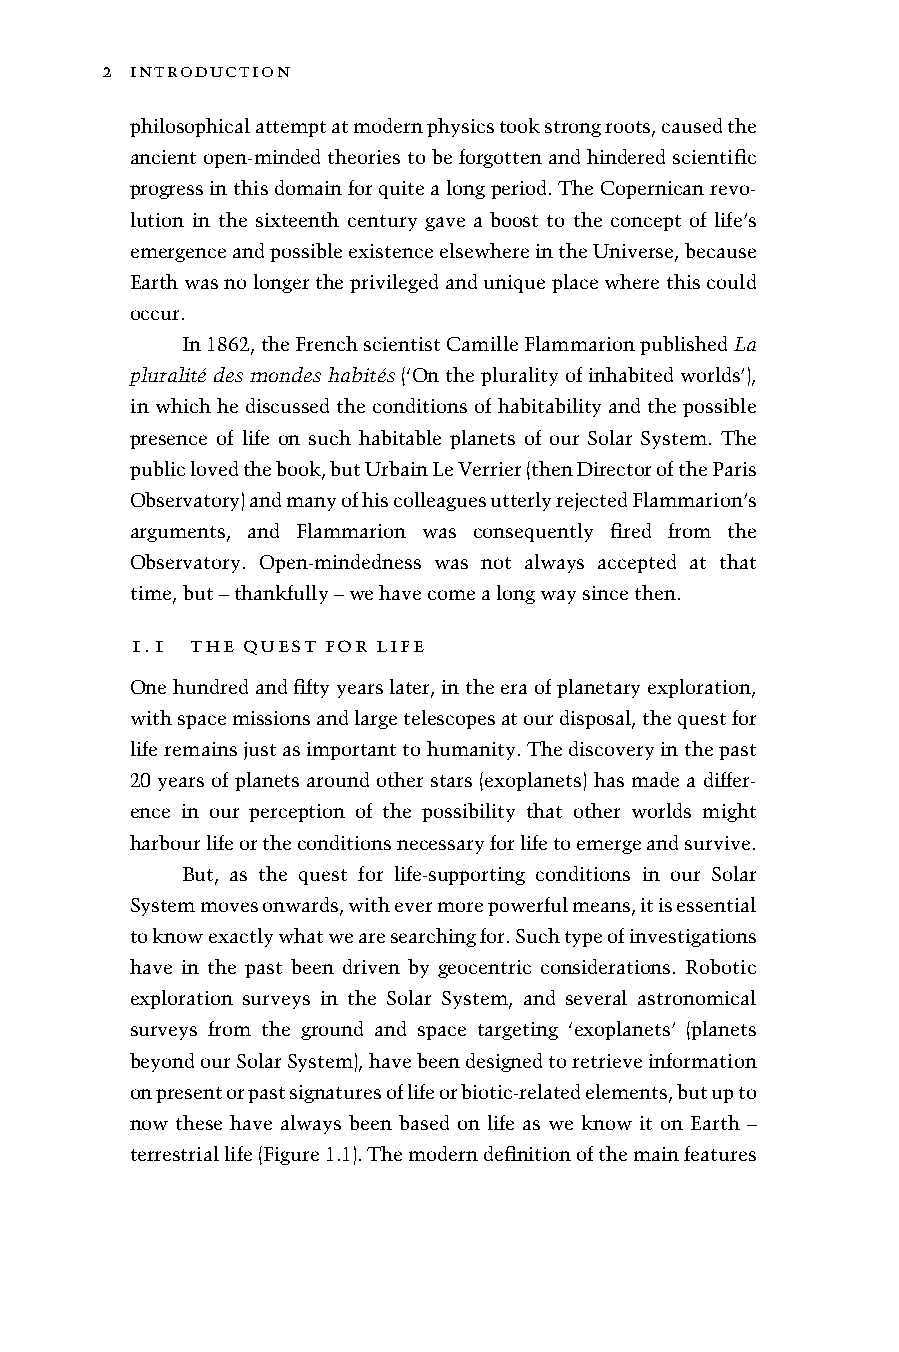
2
 C:/ITOOLS/WMS/CUP-NEW/4182124/WORKINGFOLDER/COEN/9781107026179C01.3D [1–18]27.6.20135:52PM
 2 introduction
 philosophicalattemptatmodernphysicstookstrongroots,causedthe
 ancient open-mindedtheories to be forgotten and hindered scientific
 progressinthisdomainforquitealongperiod.TheCopernicanrevo-
 lution in the sixteenth century gave a boost to the concept of life’s
 emergenceandpossibleexistenceelsewhereintheUniverse,because
 Earthwasnolongertheprivilegedanduniqueplacewherethiscould
 occur.
 In1862,theFrenchscientistCamilleFlammarionpublishedLa
 pluralitédesmondeshabités(‘Onthepluralityofinhabitedworlds’),
 in whichhe discussed the conditionsof habitability and thepossible
 presence of life on such habitable planets of our Solar System. The
 publiclovedthebook,butUrbainLeVerrier(thenDirectoroftheParis
 Observatory)andmanyofhiscolleaguesutterlyrejectedFlammarion’s
 arguments, and Flammarion was consequently fired from the
 Observatory. Open-mindedness was not always accepted at that
 time,but–thankfully–wehavecomealongwaysincethen.
 1.1 the quest for life
 Onehundredandfiftyyearslater,intheeraofplanetaryexploration,
 withspacemissionsandlargetelescopesatourdisposal,thequestfor
 liferemainsjustasimportanttohumanity.Thediscoveryinthepast
 20 years of planets around other stars (exoplanets) has made a differ-
 ence in our perception of the possibility that other worlds might
 harbourlifeortheconditionsnecessaryforlifetoemergeandsurvive.
 But, as the quest for life-supporting conditions in our Solar
 Systemmovesonwards,withevermorepowerfulmeans,itisessential
 toknowexactlywhatwearesearchingfor.Suchtypeofinvestigations
 have in the past been driven by geocentric considerations. Robotic
 exploration surveys in the Solar System, and several astronomical
 surveys from the ground and space targeting ‘exoplanets’ (planets
 beyondourSolarSystem),havebeendesignedtoretrieveinformation
 onpresentorpastsignaturesoflifeorbiotic-relatedelements,butupto
 now these have always been based on life as we know it on Earth –
 terrestriallife(Figure1.1).Themoderndefinitionofthemainfeatures